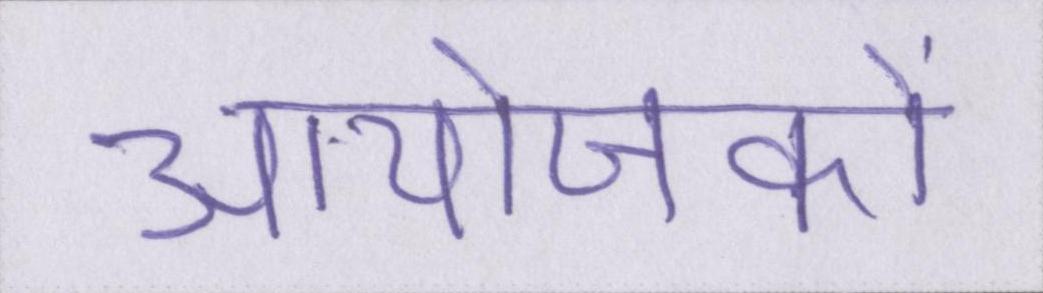
आयोजकों